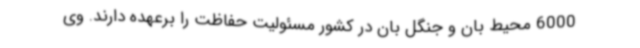
6000 محیط بان و جنگل بان در کشور مسئولیت حفاظت را برعهده دارند. وی